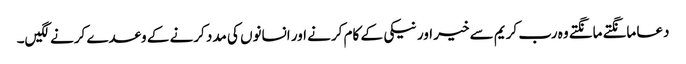
دعا مانگتے مانگتے وہ رب کریم سے خیر اور نیکی کے کام کرنے اور انسانوں کی مدد کرنے کے وعدے کرنے لگیں۔